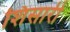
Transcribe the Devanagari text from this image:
शिसारी